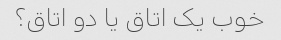
خوب یک اتاق یا دو اتاق؟